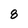
Character: 8